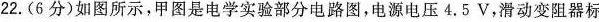
22.(6分)如图所示，甲图是电学实验部分电路图，电源电压4.5V，滑动变阻器标